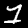
Label: 1